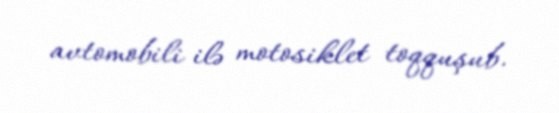
avtomobili ilə motosiklet toqquşub.